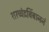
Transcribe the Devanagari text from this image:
शरच्चंद्रबिंबाननं